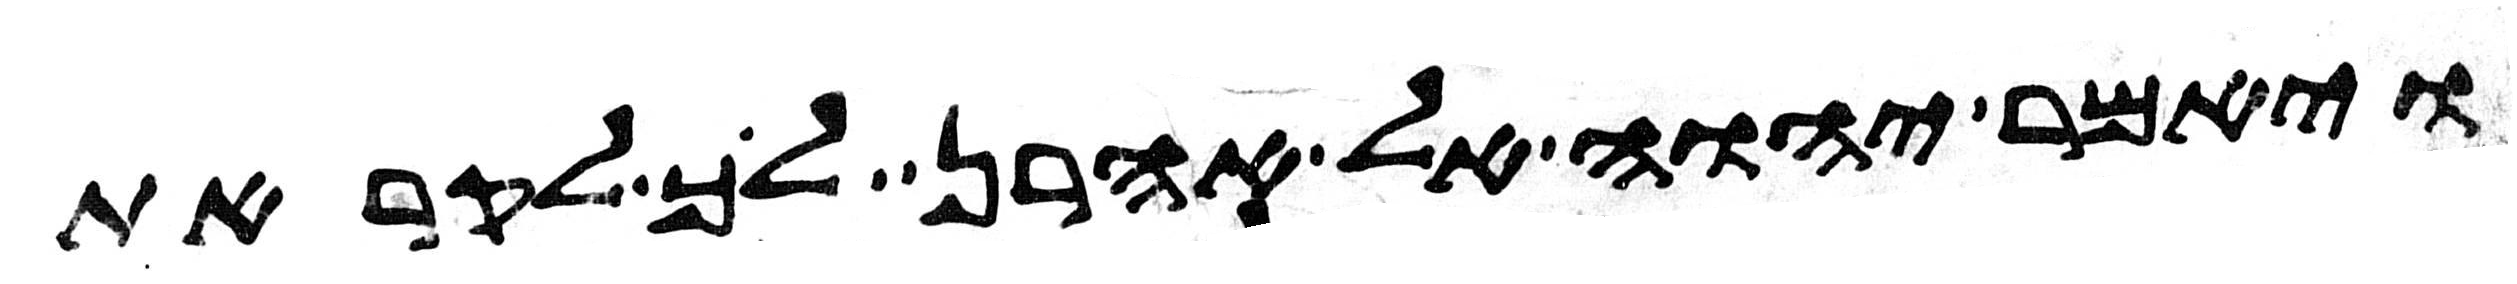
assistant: ויאמר יהוה אל אהרן לך לקראת